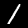
Label: 1